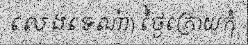
លេងទេណា៎) ថ្ងៃក្រោយកុំ